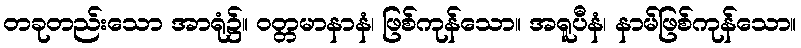
တခုတည်းသော အာရုံ၌။ ဝတ္တမာနာနံ၊ ဖြစ်ကုန်သော။ အရူပီနံ၊ နာမ်ဖြစ်ကုန်သော။